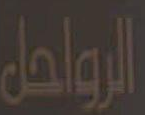
الرواحل